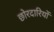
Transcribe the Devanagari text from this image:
छोरदारियों